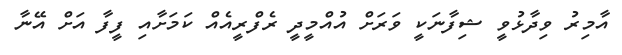
އާމިރު ވިދާޅުވީ ޝިފާނަކީ ވަރަށް އުއްމީދީ ރެފްރީއެއް ކަމަށާއި ފީފާ އަށް އޭނާ